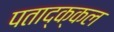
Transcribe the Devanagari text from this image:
पताद्क्कल